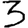
Digit: 3